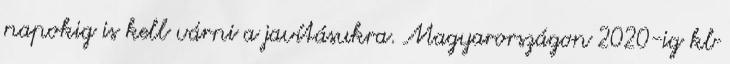
napokig is kell várni a javításukra. Magyarországon 2020-ig kb